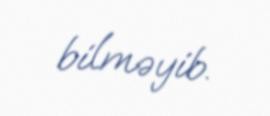
bilməyib.